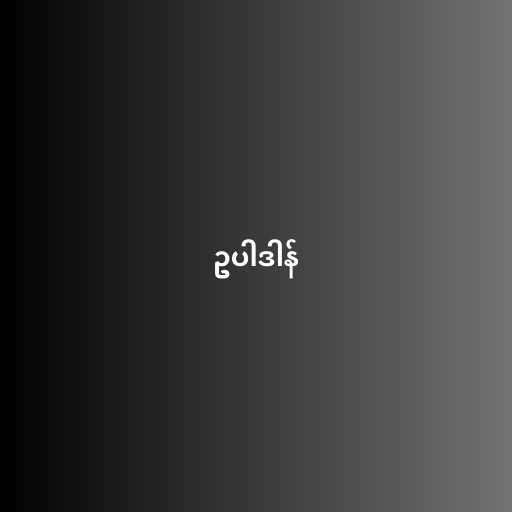
ဥပါဒါန်